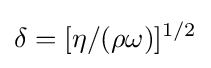
\delta =[\eta /(\rho \omega )]^{1/2}